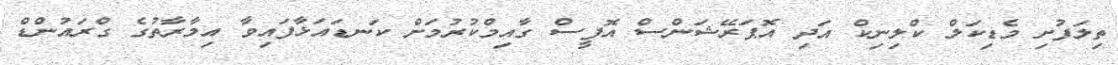
ތިލަފުށި މެޑިކަލް ކްލިނިކް އަދި އޮޕަރޭޝަންސް އޮފީސް ގާއިމްކުރުމަށް ކަނޑައަޅާފައިވާ އިމާރާތުގެ ގްރައުންޑް